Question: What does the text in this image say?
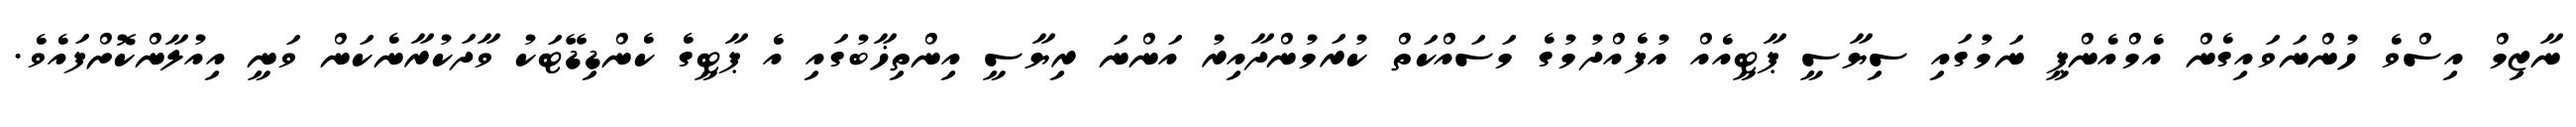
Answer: ނާޒިމް އިސްވެ ހުންނަވައިގެން އެމްއެންޕީ ނަމުގައި ސިޔާސީ ޕާޓީއެއް އުފެއްދުމުގެ މަސައްކަތް ކުރަމުންދާއިރު އަންނަ ރިޔާސީ އިންތިޚާބުގައި އެ ޕާޓީގެ ކެންޑިޑޭޓަކު ވާދަކުރާނެކަން ވަނީ އިއުލާންކޮށްފައެވެ.